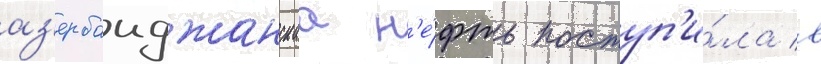
аз'ербаиджанскаа н'е́фть поступ'и́ла в